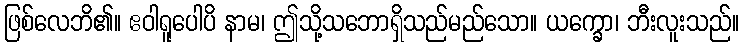
ဖြစ်လေဘိ၏။ ဧဝါရူပေါပိ နာမ၊ ဤသို့သဘောရှိသည်မည်သော။ ယက္ခော၊ ဘီးလူးသည်။